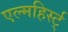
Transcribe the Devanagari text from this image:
एल्महिर्स्ट्